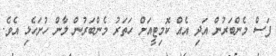
ފަސް މެންބަރުން އަދި އެއް ކޮމިޓީއަށް ހަތަރު މެންބަރުން ލާން ހުށަހެޅި އެވެ.